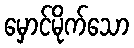
မှောင်မိုက်သော